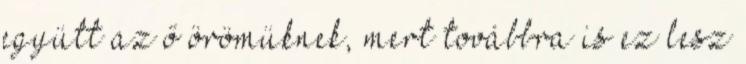
együtt az ő örömüknek, mert továbbra is ez lesz